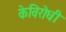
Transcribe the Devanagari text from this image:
केविरोधी